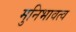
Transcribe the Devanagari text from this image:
मुनिभावत्व